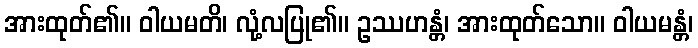
အားထုတ်၏။ ဝါယမတိ၊ လုံ့လပြု၏။ ဥဿဟန္တံ၊ အားထုတ်သော။ ဝါယမန္တံ၊